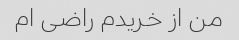
من از خریدم راضی ام